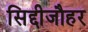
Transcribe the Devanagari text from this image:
सिद्दीजौहर